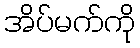
အိပ်မက်ကို